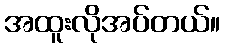
အထူးလိုအပ်တယ်။